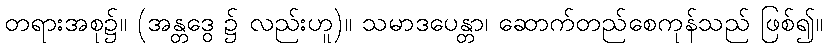
တရားအစု၌။ (အန္တဒွေ ၌ လည်းဟူ)။ သမာဒပေန္တာ၊ ဆောက်တည်စေကုန်သည် ဖြစ်၍။